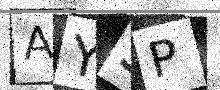
Text: AYSP